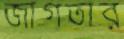
জাগতার